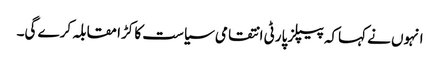
انہوں نے کہاکہ پیپلز پارٹی انتقامی سیاست کا کڑا مقابلہ کرے گی۔